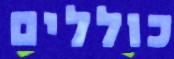
כוללים